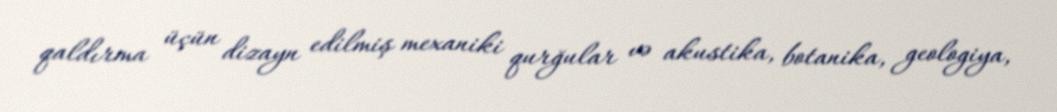
qaldırma üçün dizayn edilmiş mexaniki qurğular və akustika, botanika, geologiya,